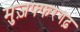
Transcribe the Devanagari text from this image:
मुज़फ्फरगढ़